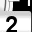
Digit: 2